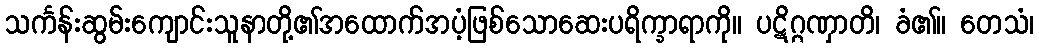
သင်္ကန်းဆွမ်းကျောင်းသူနာတို့၏အထောက်အပံ့ဖြစ်သောဆေးပရိက္ခာရာကို။ ပဋိဂ္ဂဏှာတိ၊ ခံ၏။ တေသံ၊